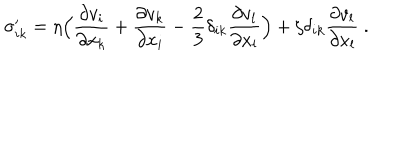
\sigma _ { i k } ^ { \prime } = \eta \Bigl ( { \frac { \partial v _ { i } } { \partial x _ { k } } } + { \frac { \partial v _ { k } } { \partial x _ { i } } } - { \frac { 2 } { 3 } } \delta _ { i k } { \frac { \partial v _ { l } } { \partial x _ { l } } } \Bigr ) + \zeta \delta _ { i k } { \frac { \partial v _ { l } } { \partial x _ { l } } } \ .